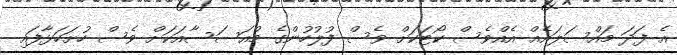
އެ ފަދަ މައްސަލައެއް އެއްވެސް ކޯޓަކަށް ވެސް ފުލުހުންގެ މުއަސަސާއަކަށް ވެސް ހުށަހަޅާފައި